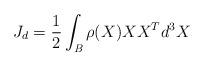
LaTeX: \begin{align*} J_d = \frac{1}{2}\int_\textit{B} \rho (X) XX^T d^3X \end{align*}